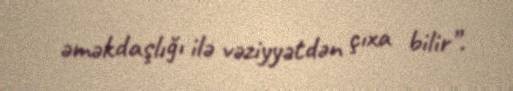
əməkdaşlığı ilə vəziyyətdən çıxa bilir”.